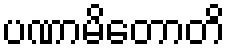
ပဏာမိတောတိ